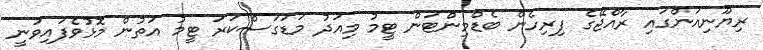
ރިޔޫނިއަންގައި ރާއްޖޭގެ ފިރިހެން ބެޑްމިންޓަން ޓީމު މިއަދު މަޑަގަސްކަރަ ޓީމު އަތުން މޮޅުވެފައިވަނީ